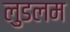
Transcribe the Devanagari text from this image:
लुडलम